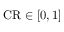
{ \mathrm { C R } } \in [ 0 , 1 ]